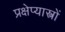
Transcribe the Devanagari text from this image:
प्रक्षेप्यास्त्रों